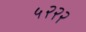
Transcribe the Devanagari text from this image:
५२२२